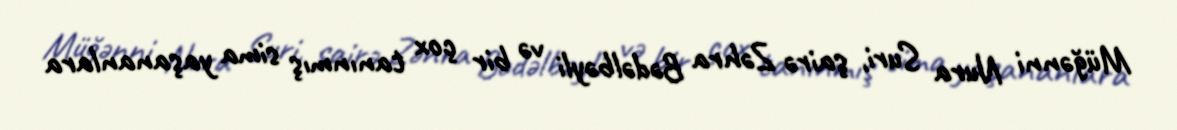
Müğənni Nura Suri, şairə Zəhra Bədəlbəyli və bir çox tanınmış sima yaşananlara